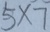
5 \times 7